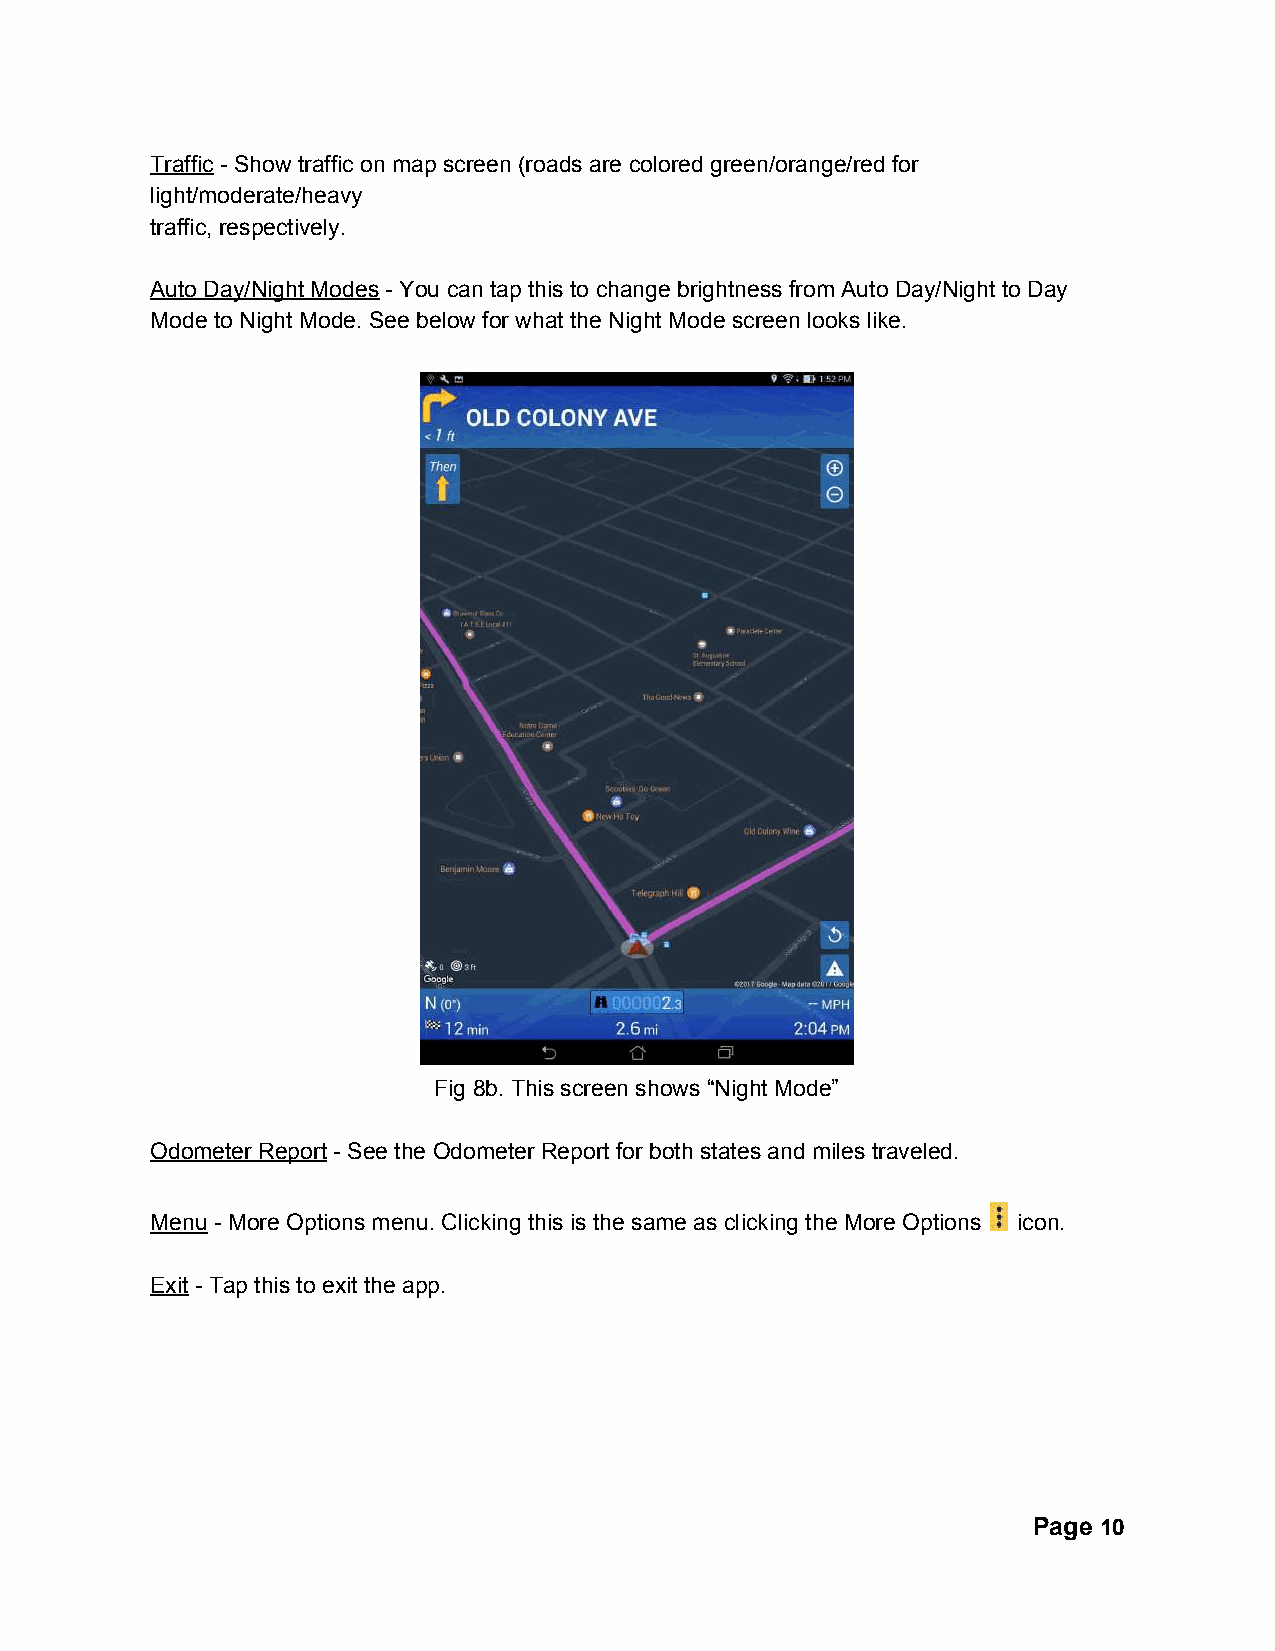
Traffic - Show traffic on map screen (roads are colored green/orange/red for
 ​
 light/moderate/heavy
 traffic, respectively.
 Auto Day/Night Modes - You can tap this to change brightness from Auto Day/Night to Day
 ​
 Mode to Night Mode. See below for what the Night Mode screen looks like.
 Fig 8b. This screen shows “Night Mode”
 Odometer Report - See the Odometer Report for both states and miles traveled.
 ​
 Menu - More Options menu. Clicking this is the same as clicking the More Options icon.
 ​
 Exit - Tap this to exit the app.
 ​
 Page 10